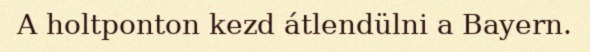
A holtponton kezd átlendülni a Bayern.